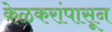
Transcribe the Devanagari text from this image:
केळकरांपासून